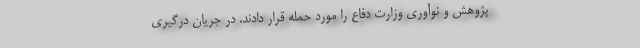
پژوهش و نوآوری وزارت دفاع را مورد حمله قرار دادند. در جریان درگیری